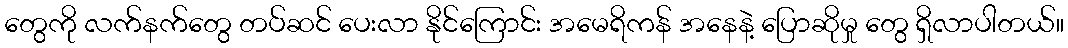
တွေကို လက်နက်တွေ တပ်ဆင် ပေးလာ နိုင်ကြောင်း အမေရိကန် အနေနဲ့ ပြောဆိုမှု တွေ ရှိလာပါတယ်။